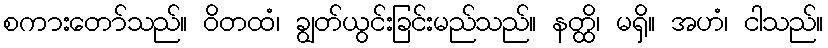
စကားတော်သည်။ ဝိတထံ၊ ချွတ်ယွင်းခြင်းမည်သည်။ နတ္ထိ၊ မရှိ။ အဟံ၊ ငါသည်။